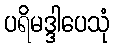
ပရိမဒ္ဒါပေသုံ